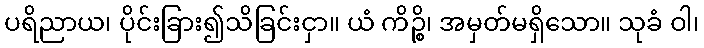
ပရိညာယ၊ ပိုင်းခြား၍သိခြင်းငှာ။ ယံ ကိဉ္စိ၊ အမှတ်မရှိသော။ သုခံ ဝါ၊